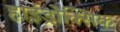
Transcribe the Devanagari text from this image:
हाईड्रोक्सिक